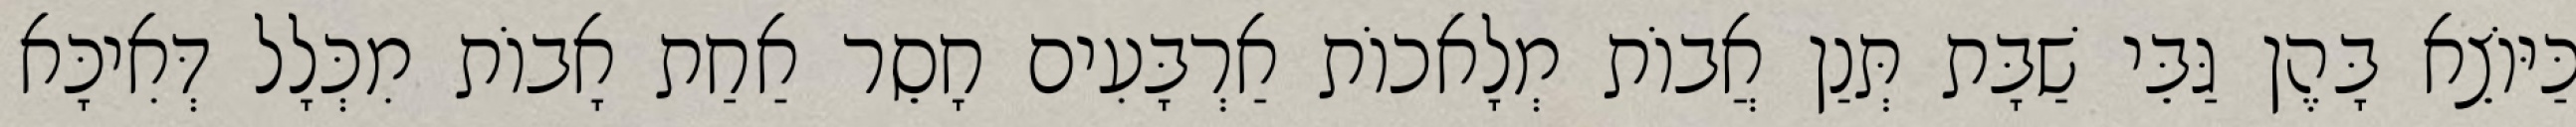
כַּיּוֹצֵא בָּהֶן גַּבֵּי שַׁבָּת תְּנַן אֲבוֹת מְלָאכוֹת אַרְבָּעִים חָסֵר אַחַת אָבוֹת מִכְּלָל דְּאִיכָּא